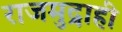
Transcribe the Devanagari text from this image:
राजमुद्राही